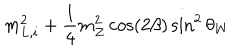
m _ { L , i } ^ { 2 } + \frac { 1 } { 4 } m _ { Z } ^ { 2 } \cos ( 2 \beta ) \sin ^ { 2 } \theta _ { W }